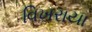
વિખરાયા